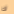
لك